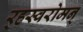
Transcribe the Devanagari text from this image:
र्‍हस्वरोमन्